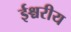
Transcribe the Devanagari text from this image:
ईश्चरीय